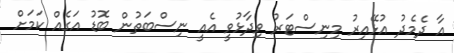
އާ ދެމެދު އުޅޭއިރު މިނިސްޓަރު ވިދާޅުވީ އެއީ ނިސްބަތުން ބޮޑު އަގެއް ކަމަށް